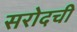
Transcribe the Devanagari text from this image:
सरोदची